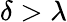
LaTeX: \delta>\lambda